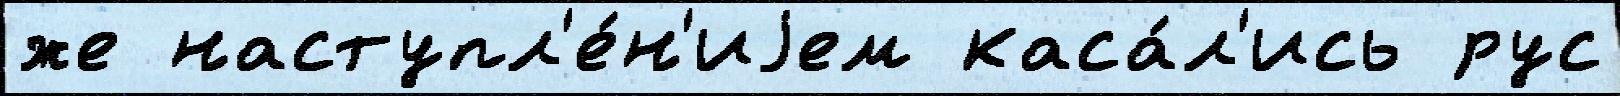
же наступл'е́н'иjем каса́л'ись рус